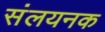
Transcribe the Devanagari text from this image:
संलयनक